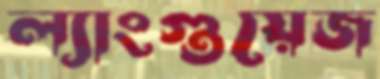
ল্যাংগুয়েজ